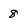
Character: 8